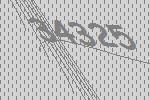
34325